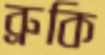
ব্রুকি